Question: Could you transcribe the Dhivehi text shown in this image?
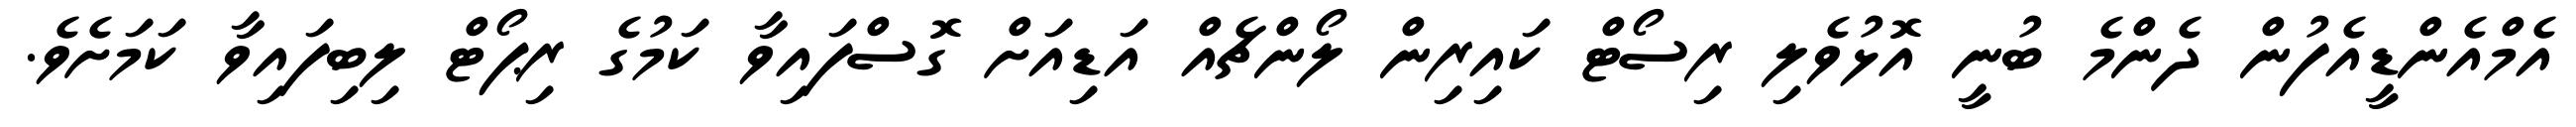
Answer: އެމްއެންޑީއެފުން ދެންމެ ބުނީ އޮޅުވެލި ރިސޯޓް ކައިރިން ލޯންޗެއް އަޑިއަށް ގޮސްފައިވާ ކަމުގެ ރިޕޯޓް ލިބިފައިވާ ކަމަށެވެ.